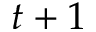
t + 1